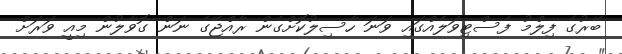
ބޭރުގެ ފިލްމު ފެސްޓިވަލެއްގައި ވަނަ ހާސިލުކޮށްގެން ރާއްޖޭގެ ނަން ގޮވާލުން މިއީ ވަރަށް